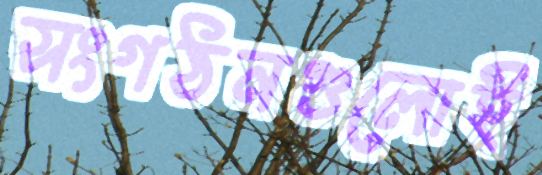
সংগঠনগুলোই